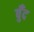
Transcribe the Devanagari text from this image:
बुँद